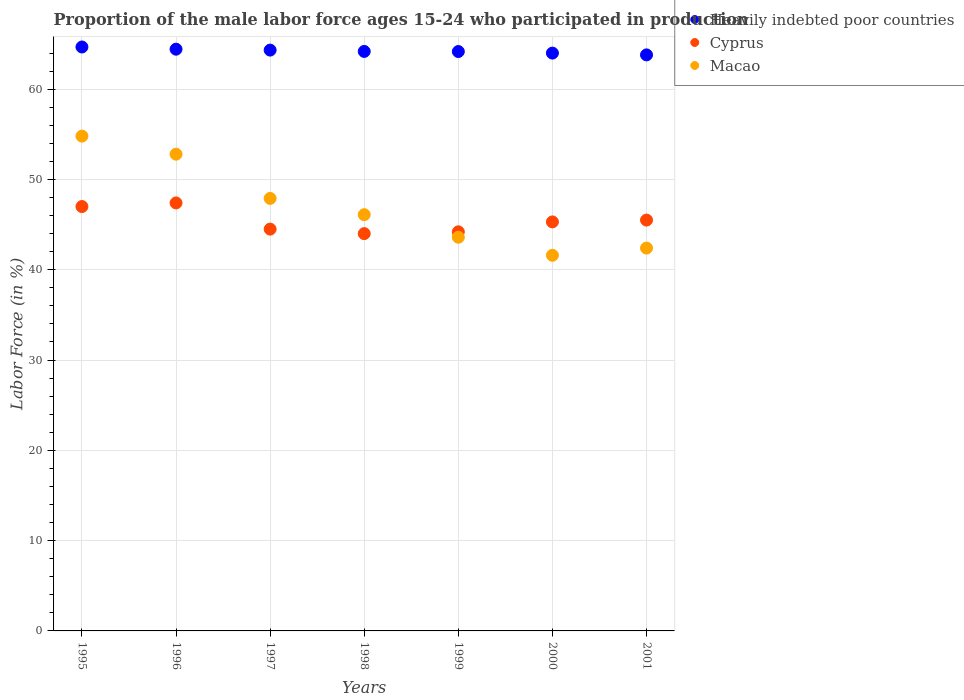
| Years | Heavily indebted poor countries | Cyprus | Macao |
 | --- | --- | --- | --- |
 | 1995 | 64.7 | 47 | 54.8 |
 | 1996 | 64.4 | 47.4 | 52.8 |
 | 1997 | 64.3 | 44.5 | 47.9 |
 | 1998 | 64.2 | 44 | 46.1 |
 | 1999 | 64.2 | 44.2 | 43.6 |
 | 2000 | 64 | 45.3 | 41.6 |
 | 2001 | 63.8 | 45.5 | 42.4 |